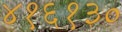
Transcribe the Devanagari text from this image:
४१६१३०